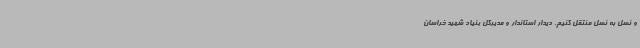
و نسل به نسل منتقل کنیم. دیدار استاندار و مدیرکل بنیاد شهید خراسان